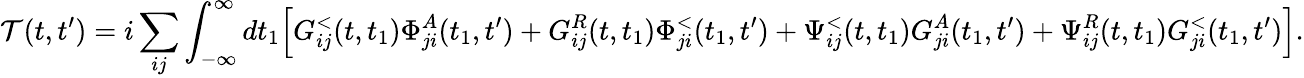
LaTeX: \mathcal{T}(t,t^{\prime})=i\sum_{ij}\int_{-\infty}^{\infty}dt_{1}\Big[G_{ij}^{<}(t,t_{1})\Phi_{ji}^{A}(t_{1},t^{\prime})+G_{ij}^{R}(t,t_{1})\Phi_{ji}^{<}(t_{1},t^{\prime})+\Psi_{ij}^{<}(t,t_{1})G_{ji}^{A}(t_{1},t^{\prime})+\Psi_{ij}^{R}(t,t_{1})G_{ji}^{<}(t_{1},t^{\prime})\Big].